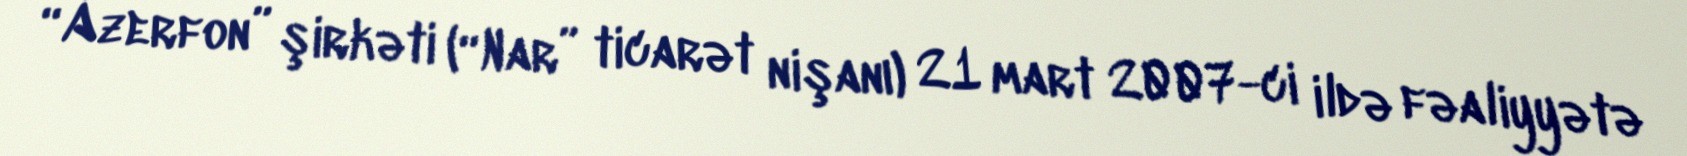
“Azerfon” şirkəti (“Nar” ticarət nişanı) 21 mart 2007-ci ildə fəaliyyətə